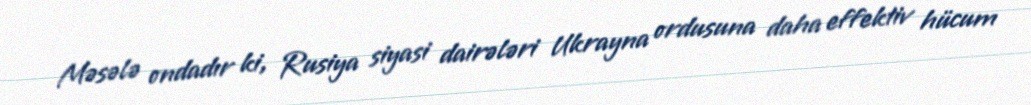
Məsələ ondadır ki, Rusiya siyasi dairələri Ukrayna ordusuna daha effektiv hücum